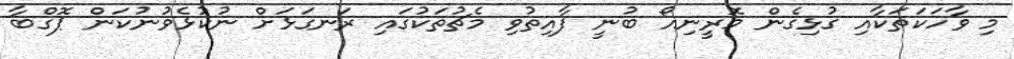
މި ވާހަކަތަކާއި ގުޅިގެން މޮރީނިއޯ ބުނީ ފާއިތުވި މެޗުތަކުގައި ރަނގަޅަށް ނުކުޅެވުނުކަން ޕޮގްބާ